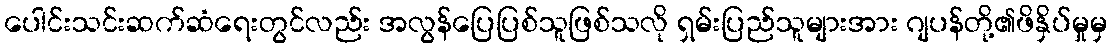
ပေါင်းသင်းဆက်ဆံရေးတွင်လည်း အလွန်ပြေပြစ်သူဖြစ်သလို ရှမ်းပြည်သူများအား ဂျပန်တို့၏ဖိနှိပ်မှုမှ